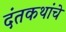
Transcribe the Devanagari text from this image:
दंतकथांचे